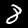
Label: 8